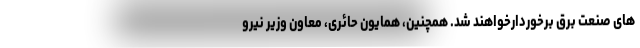
های صنعت برق برخوردارخواهند شد. همچنین، همایون حائری، معاون وزیر نیرو